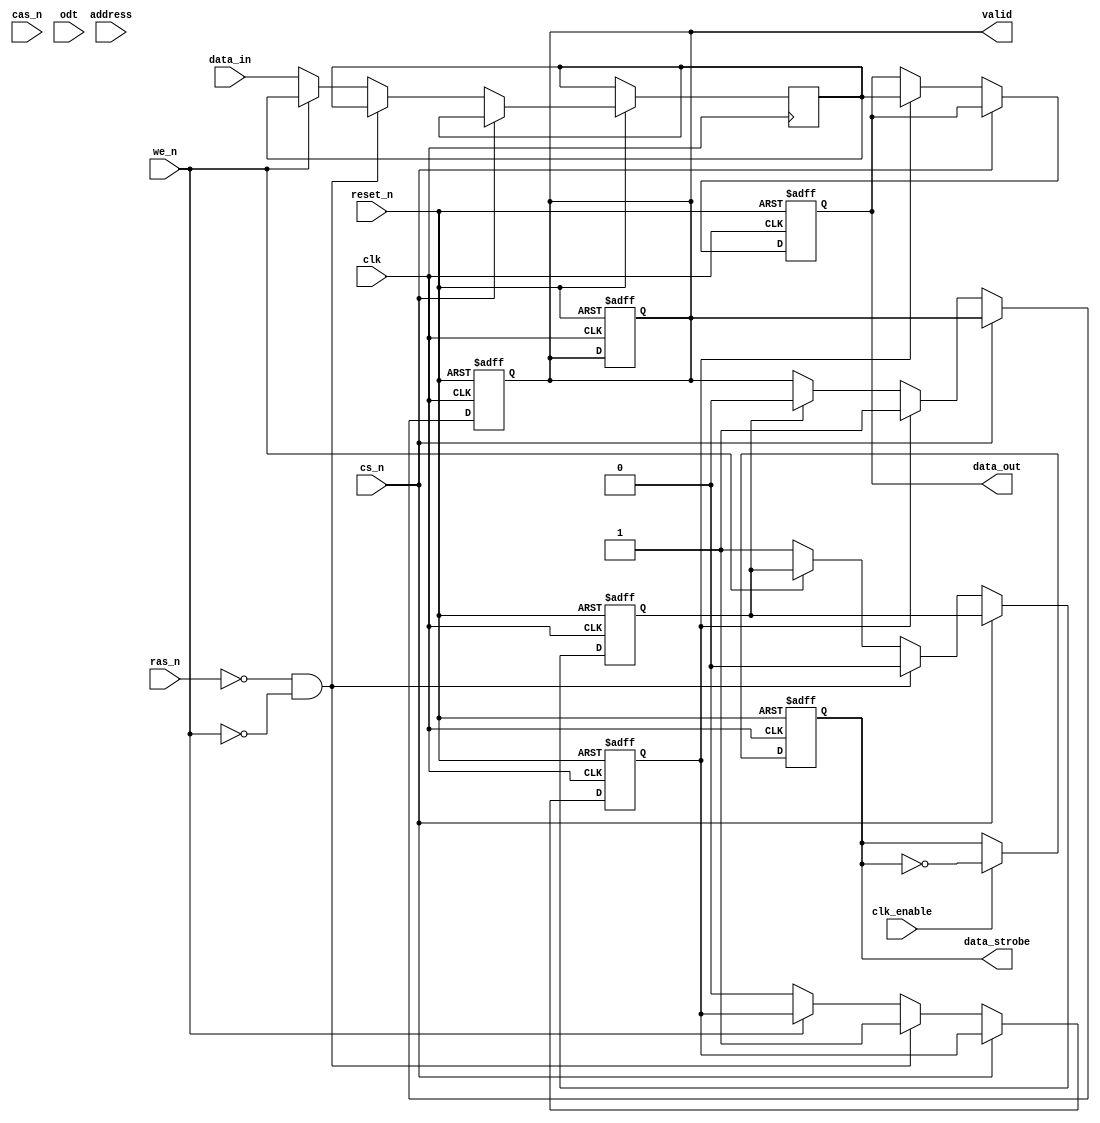
module LPDDR3_IO_Block (
    input wire clk,           // Clock signal
    input wire clk_enable,    // Clock enable
    input wire reset_n,      // Active-low reset
    input wire [7:0] address, // Address lines
    input wire [7:0] data_in, // Data input
    output reg [7:0] data_out,// Data output
    input wire cs_n,         // Chip select (active low)
    input wire ras_n,        // Row address strobe (active low)
    input wire cas_n,        // Column address strobe (active low)
    input wire we_n,         // Write enable (active low)
    input wire odt,          // On-die termination control
    output reg data_strobe,  // Data strobe signal
    output reg valid         // Valid signal for output data
);

    reg [7:0] data_buffer;    // Buffer for data transfer
    reg read_enable;          // Read enable flag
    reg write_enable;         // Write enable flag
    
    // Clock generation with edge sensitivity
    always @(posedge clk or negedge reset_n) begin
        if (!reset_n) begin
            data_strobe <= 1'b0;
            valid <= 1'b0;
        end else if (clk_enable) begin
            // Generate data strobe based on clock and commands
            data_strobe <= ~data_strobe; // Toggle data strobe on clock edges
        end
    end

    // Memory control functionality
    always @(posedge clk or negedge reset_n) begin
        if (!reset_n) begin
            data_out <= 8'b0;
            read_enable <= 1'b0;
            write_enable <= 1'b0;
            valid <= 1'b0;
        end else if (!cs_n) begin
            if (!ras_n && !we_n) begin // READ operation
                read_enable <= 1'b1;
                write_enable <= 1'b0;
            end else if (!we_n) begin // WRITE operation
                read_enable <= 1'b0;
                write_enable <= 1'b1;
                data_buffer <= data_in;  // Capture input data
            end
            
            // Data output logic
            if (read_enable) begin
                data_out <= data_buffer; // Output the data
                valid <= 1'b1;           // Indicate valid data
            end else if (write_enable) begin
                // Here you would typically write to memory (not implemented)
                valid <= 1'b0;           // Clear valid for write
            end
        end
    end

    // ODT Control - Placeholder for termination control logic
    always @(posedge clk) begin
        if (odt) begin
            // Enable termination (implementation specific)
        end else begin
            // Disable termination (implementation specific)
        end
    end

    // Additional logic such as flow control, power management, etc., can be added here.

endmodule